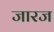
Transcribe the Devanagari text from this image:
जारज